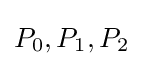
P_{0},P_{1},P_{2}